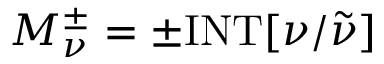
M _ { \nu } ^ { \pm } = \pm \mathrm { I N T } [ \nu / \tilde { \nu } ]